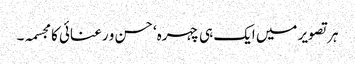
ہر تصویر میں ایک ہی چہرہ‘ حسن و رعنائی کا مجسمہ۔